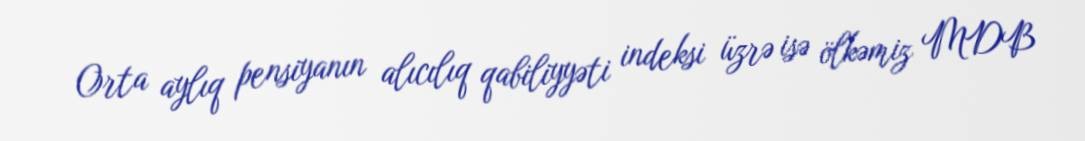
Orta aylıq pensiyanın alıcılıq qabiliyyəti indeksi üzrə isə ölkəmiz MDB